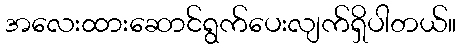
အလေးထားဆောင်ရွက်ပေးလျက်ရှိပါတယ်။